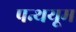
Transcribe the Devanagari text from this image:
पन्थयूम